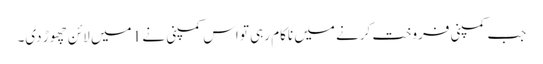
جب کمپنی فروخت کرنے میں ناکام رہی تو اس کمپنی نے 1 میں لائن چھوڑ دی۔